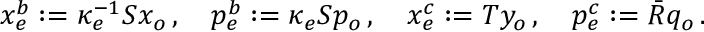
x _ { e } ^ { b } : = \kappa _ { e } ^ { - 1 } S x _ { o } \, , \quad p _ { e } ^ { b } : = \kappa _ { e } S p _ { o } \, , \quad x _ { e } ^ { c } : = T y _ { o } \, , \quad p _ { e } ^ { c } : = \bar { R } q _ { o } \, .